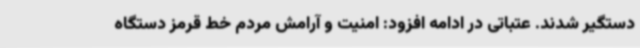
دستگیر شدند. عتباتی در ادامه افزود: امنیت و آرامش مردم خط قرمز دستگاه